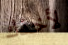
لأخذك